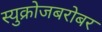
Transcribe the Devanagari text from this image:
स्युक्रोजबरोबर